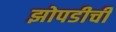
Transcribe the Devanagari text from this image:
झोपडीची